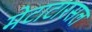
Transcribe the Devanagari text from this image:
मेटाटारसल